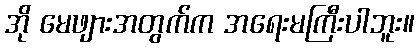
အို မေဖျားအတွက်က အရေးမကြီးပါဘူး။